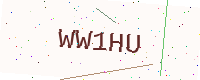
Text: WW1HU